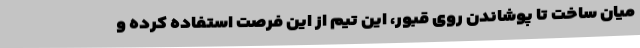
میان ساخت تا پوشاندن روی قبور، این تیم از این فرصت استفاده کرده و